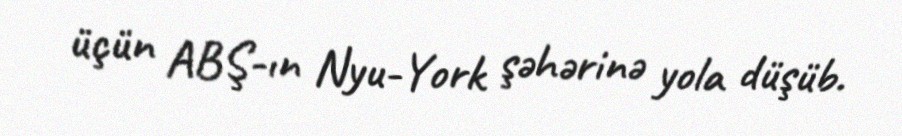
üçün ABŞ-ın Nyu-York şəhərinə yola düşüb.